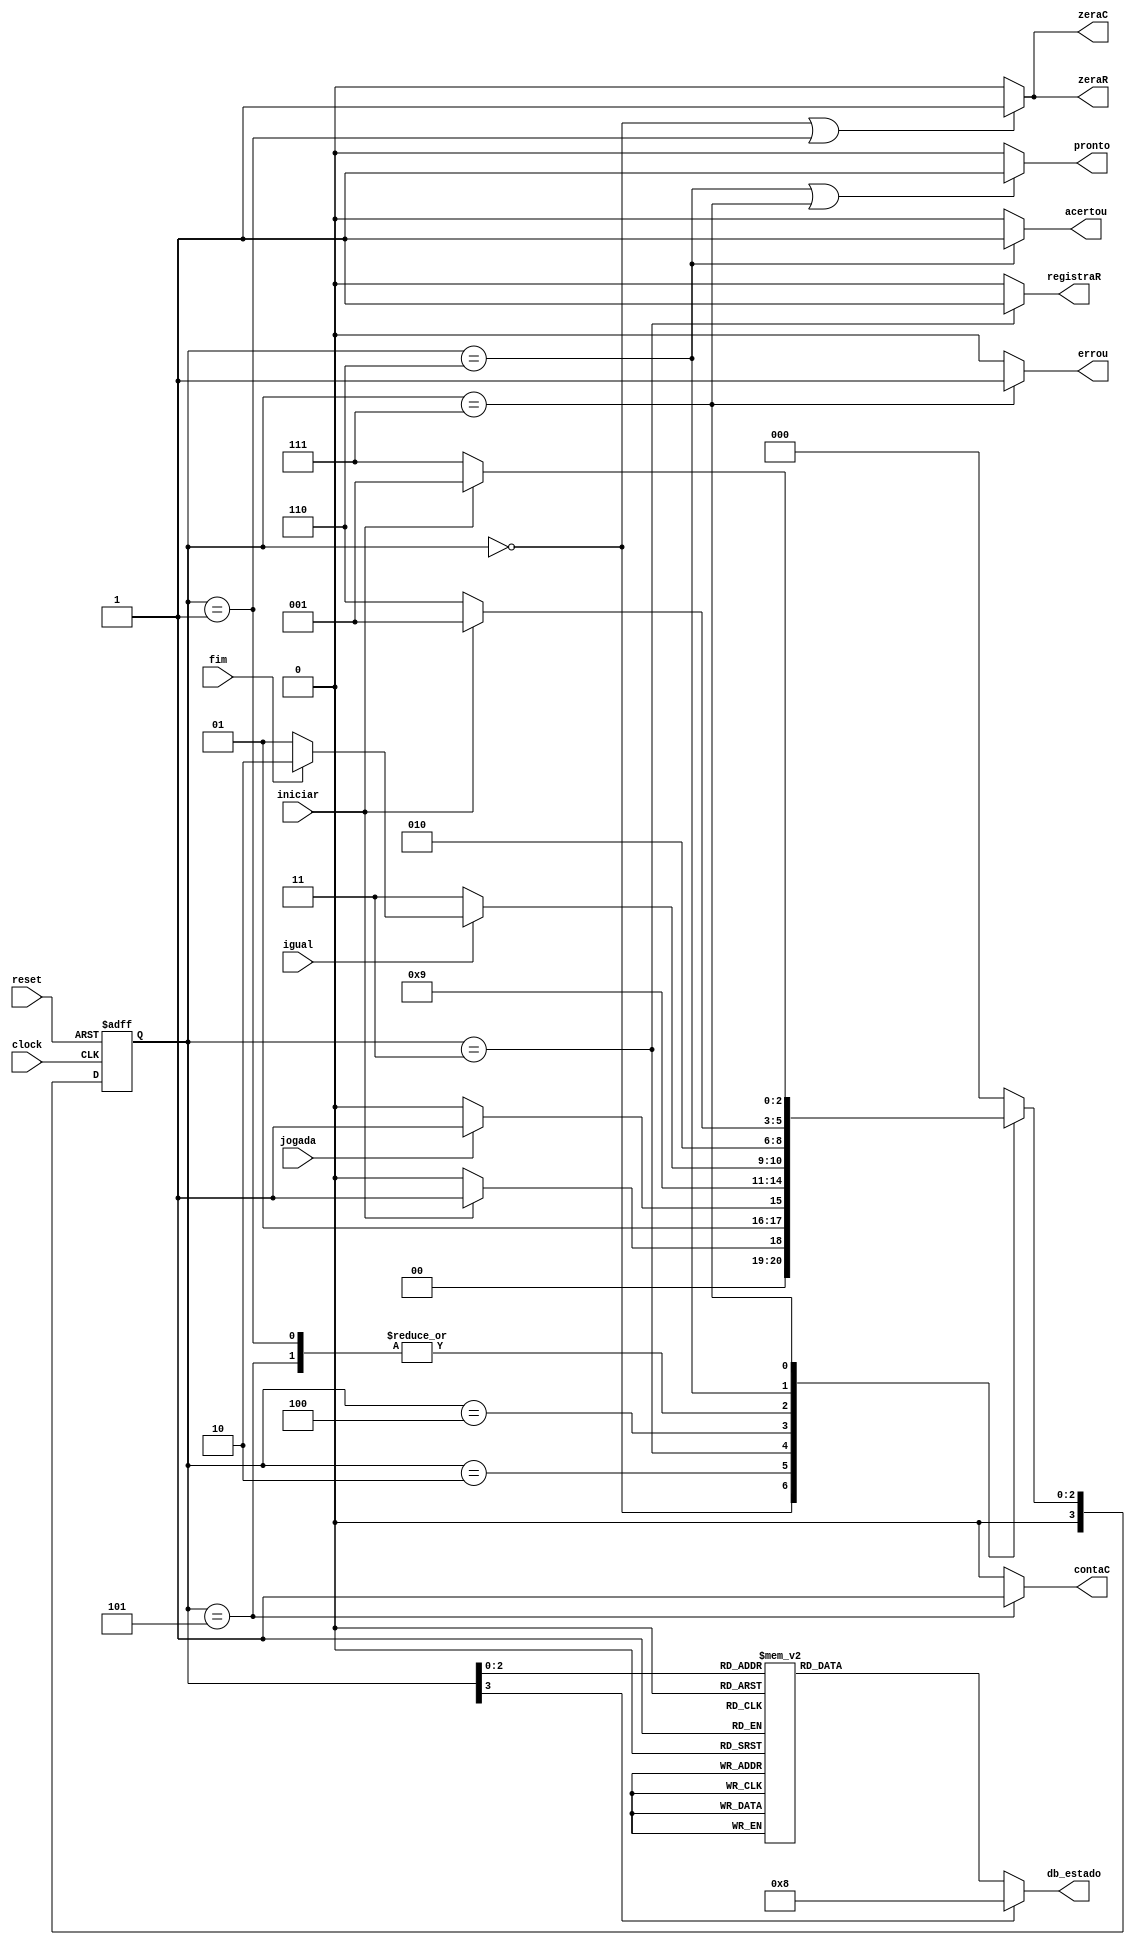
//------------------------------------------------------------------
// Arquivo   : exp4_unidade_controle.v
// Projeto   : Experiencia 4 - Projeto de uma Unidade de Controle
//------------------------------------------------------------------
// Descricao : Unidade de controle
//
// usar este codigo como template (modelo) para codificar 
// mquinas de estado de unidades de controle            
//------------------------------------------------------------------
// Revisoes  :
//     Data        Versao  Autor             Descricao
//     14/01/2024  1.0     Edson Midorikawa  versao inicial
//------------------------------------------------------------------
//
module unidade_controle (
                    input      clock    ,
                    input      reset    ,
                    input      iniciar  ,
                    input      fim      ,
                    input      jogada   ,
                    input      igual    ,
                    output reg zeraC    ,
                    output reg contaC   ,
                    output reg zeraR    ,
                    output reg registraR,
                    output reg acertou  ,
                    output reg errou    ,
                    output reg pronto   ,
                    output reg [3:0] db_estado
);
    
    /* declarao dos estados dessa UC */
    parameter inicial              = 4'b0000; // 0
    parameter inicializa_elementos = 4'b0001; // 1
    parameter espera_jogada        = 4'b0010; // 2
    parameter registra_jogada      = 4'b0011; // 3
    parameter compara_jogada       = 4'b0100; // 4
    parameter passa_prox_jogada    = 4'b0101; // 5
    parameter final_com_acertos    = 4'b0110; // 6
    parameter final_com_erro       = 4'b0111; // 7

    // Variveis de estado
    reg [3:0] Eatual, Eprox;

    // Memria de estado
    always @(posedge clock or posedge reset) begin
        if (reset)
            Eatual <= inicial;
        else
            Eatual <= Eprox;
    end

    /* -------------------------------------------------------------------------------------- */
    /* -------------------------------------------------------------------------------------- */
    /* O funcionamento dessa unidade de controle comea no estado 0 quando o circuito 
        acionado, tendo inicio somente quando o sinal iniciar for ativado, passado 
       pelo estado 1 que inicializa os elementos e vai logo para o estado 2 onde o circuito
       espera por uma jogada. Uma vez feita a jogada o circuito vai para o estado 3, onde ele 
       registra a jogada, indo imediatamente para o estado 4 onde ele faz a comparao, e ento
       prossege para a prxima jogada se estiver tudo certo. Caso o usurio erre a tentativa, o
       circuito vai para o estado 7. Caso o usurio acerte todas as tentativas, o circuito vai 
       para o estado 6 */
    /* -------------------------------------------------------------------------------------- */
    /* -------------------------------------------------------------------------------------- */
    
    always @* begin
        case (Eatual)
            inicial:              Eprox = iniciar ? inicializa_elementos : inicial;
            inicializa_elementos: Eprox = espera_jogada;
            espera_jogada:        Eprox = jogada ? registra_jogada : espera_jogada;
            registra_jogada:      Eprox = compara_jogada;
            compara_jogada:       Eprox = ~igual ? final_com_erro : (fim ? final_com_acertos : passa_prox_jogada);
            passa_prox_jogada:    Eprox = espera_jogada;
            final_com_acertos:    Eprox = iniciar ? inicializa_elementos : final_com_acertos;
            final_com_erro:       Eprox = iniciar ? inicializa_elementos : final_com_erro;
            default:              Eprox = inicial;            
        endcase
    end

    // Lgica de sada (maquina Moore)
    always @* begin
        zeraC     = (Eatual == inicial || Eatual == inicializa_elementos) ? 1'b1 : 1'b0;
        zeraR     = (Eatual == inicial || Eatual == inicializa_elementos) ? 1'b1 : 1'b0;
        registraR = (Eatual == registra_jogada) ? 1'b1 : 1'b0;
        contaC    = (Eatual == passa_prox_jogada) ? 1'b1 : 1'b0;
        pronto    = (Eatual == final_com_acertos || Eatual == final_com_erro) ? 1'b1 : 1'b0; 
        acertou   = (Eatual == final_com_acertos) ? 1'b1 : 1'b0; 
        errou     = (Eatual == final_com_erro) ? 1'b1 : 1'b0;                                              

        // Sada de depurao (estado)
        case (Eatual)
            inicial:              db_estado = 4'b0000; // 0
            inicializa_elementos: db_estado = 4'b0001; // 1
            espera_jogada:        db_estado = 4'b0010; // 2
            registra_jogada:      db_estado = 4'b0011; // 3
            compara_jogada:       db_estado = 4'b0100; // 4
            passa_prox_jogada:    db_estado = 4'b0101; // 5
            final_com_acertos:    db_estado = 4'b0110; // 6
            final_com_erro:       db_estado = 4'b0111; // 7
            default:              db_estado = 4'b1000; // 8
        endcase
    end

endmodule